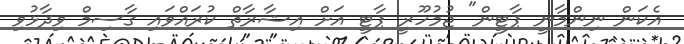
އެކަން ނިންމާނީ ޕާޓީން" ޖުމުހޫރީ ޕާޓީ އަށް އިޝާރާތް ކުރައްވައި ގާސިމް ވިދާޅުވި